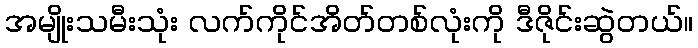
အမျိုးသမီးသုံး လက်ကိုင်အိတ်တစ်လုံးကို ဒီဇိုင်းဆွဲတယ်။